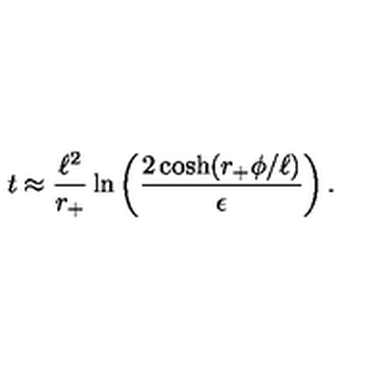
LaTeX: t \approx { \frac { \ell ^ { 2 } } { r _ { + } } } \ln \left( { \frac { 2 \cosh ( r _ { + } \phi / \ell ) } { \epsilon } } \right) .